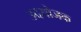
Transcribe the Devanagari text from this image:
उदयोजक